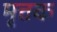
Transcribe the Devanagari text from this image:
मृत्तक